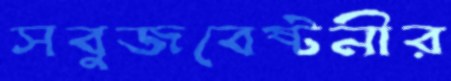
সবুজবেষ্টনীর